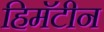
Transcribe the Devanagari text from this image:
हिमॅटीन